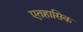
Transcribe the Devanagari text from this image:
एतहासिक